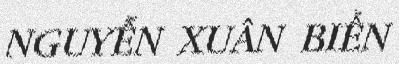
NGUYỄN XUÂN BIỂN